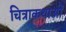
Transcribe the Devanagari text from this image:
चित्राकथाओं